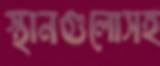
স্থানগুলোসহ